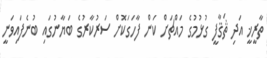
ތާރީޚީ އަދި ޘަޤާފީ ގުޅުމުގެ މައްޗަށް ކަން ފާހަގަކޮށް ސަރުކާރުގެ ބަޔާނުގައި ބުނެފައިވަނީ